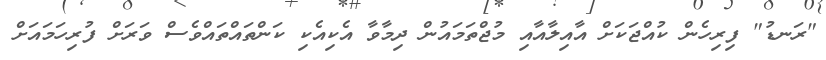
"ރަނޑު" ފިރިހެން ކުއްޖަކަށް އާއިލާއާއި މުޖްތަމައުން ދިމާވާ އެކިއެކި ކަންތައްތައްވެސް ވަަރަށް ފުރިހަމަައަށް